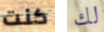
كنت لك